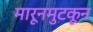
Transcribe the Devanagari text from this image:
मारूनमुटकून